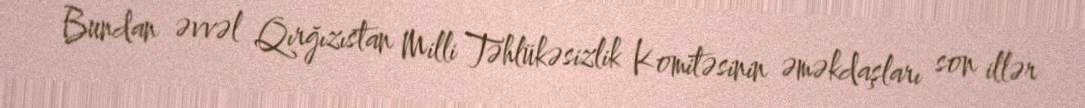
Bundan əvvəl Qırğızıstan Milli Təhlükəsizlik Komitəsinin əməkdaşları son illər